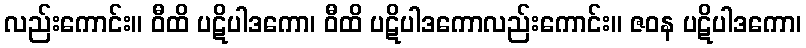
လည်းကောင်း။ ဝီထိ ပဋိပါဒကော၊ ဝီထိ ပဋိပါဒကောလည်းကောင်း။ ဇဝန ပဋိပါဒကော၊